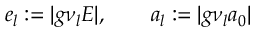
e _ { l } : = | g \nu _ { l } E | , \qquad a _ { l } : = | g \nu _ { l } a _ { 0 } |